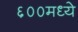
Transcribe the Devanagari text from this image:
६००मध्ये